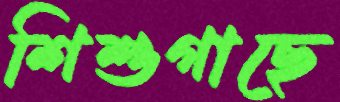
শিশুগাছে